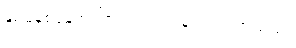
နှစ်မိနစ်ခန့်အကြာတွင် ဂျက်နက်ဝင်လာသည်။